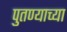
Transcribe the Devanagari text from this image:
पुतण्याच्या